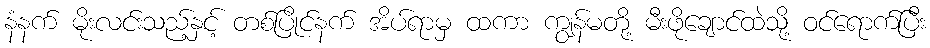
နံနက် မိုးလင်းသည့်နှင့် တစ်ပြိုင်နက် အိပ်ရာမှ ထကာ ကျွန်မတို့ မီးဖိုချောင်ထဲသို့ ဝင်ရောက်ပြီး